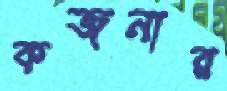
কজনার